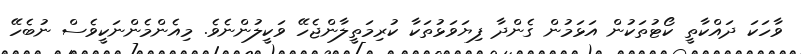
ވާހަކަ ދައްކާތީ ކޯޓުތަކުން އަޅަމުން ގެންދާ ފިޔަވަޅުތަކާ ކުރިމަތީލާންޖެހޭ ވަކީލުންނެވެ. މިއެންމެންނަކީވެސް ނުބެހޭ